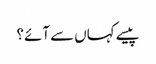
پیسے کہاں سے آئے؟